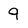
Character: 9